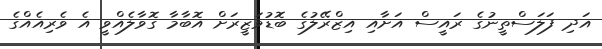
އަދި ފަލަސްތީނުގެ ރައީސް އަށާއި އިޒްރޭލުގެ ބޮޑުވަޒީރަށް އޮބާމާ ގޮވާލެއްވީ އެ ވެރިއެއްގެ